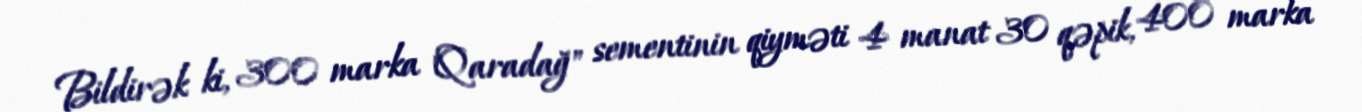
Bildirək ki, 300 marka "Qaradağ" sementinin qiyməti 4 manat 30 qəpik, 400 marka